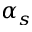
\alpha _ { s }